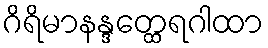
ဂိရိမာနန္ဒတ္ထေရဂါထာ